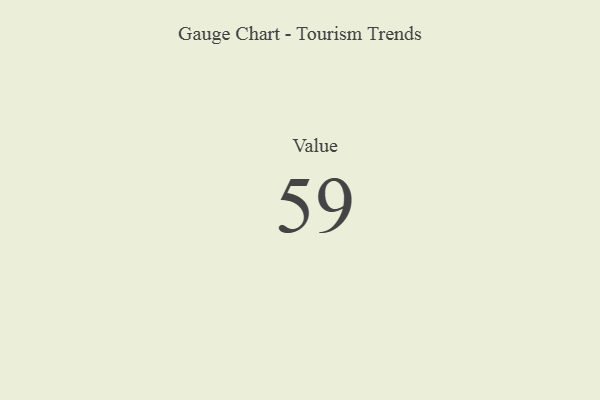
{"axis": {"x": "Metric", "y": "Value"}, "legend": [""], "data": [{"x": "Value", "y": 59, "type": ""}]}